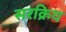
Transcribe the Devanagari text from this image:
सरक्रिय